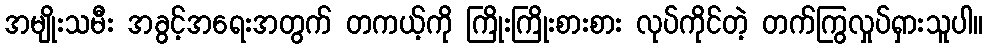
အမျိုးသမီး အခွင့်အရေးအတွက် တကယ့်ကို ကြိုးကြိုးစားစား လုပ်ကိုင်တဲ့ တက်ကြွလှုပ်ရှားသူပါ။